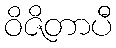
ဝိဇိတာပီ